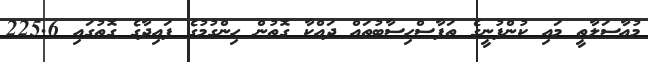
މުއާސަލާތީ މައި ކުންފުނީގެ ތަފާސްހިސާބުތައް ދައްކާ ގޮތުން ހިންގުމުގެ ފައިދާގެ ގޮތުގައި 225.6